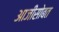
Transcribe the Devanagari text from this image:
आजीसोबत